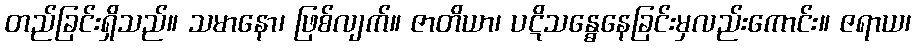
တည်ခြင်းရှိသည်။ သမာနော၊ ဖြစ်လျက်။ ဇာတိယာ၊ ပဋိသန္ဓေနေခြင်းမှလည်းကောင်း။ ဇရာယ၊